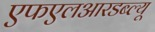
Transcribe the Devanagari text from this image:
एफएलआरडब्ल्यू